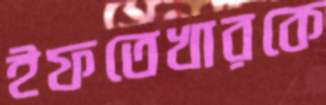
ইফতেখারকে